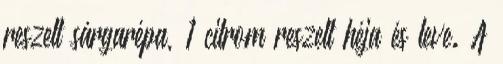
reszelt sárgarépa, 1 citrom reszelt héja és leve. A